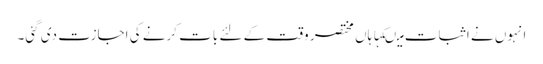
انہوں نے اثبات میںکہا ہاں مختصر وقت کے لئے بات کرنے کی اجازت دی گئی۔